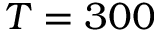
T = 3 0 0